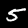
Label: 5